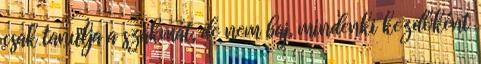
csak tanulja a szakmát, de nem baj, mindenki kezdőként